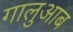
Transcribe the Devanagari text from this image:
गालुआब